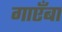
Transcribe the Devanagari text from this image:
गाएँबा